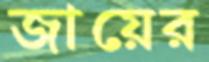
জায়ের